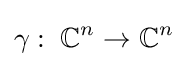
\gamma :\;{\mathbb {C} }^{n}\to {\mathbb {C} }^{n}